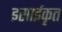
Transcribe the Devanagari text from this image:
इसाईकृत